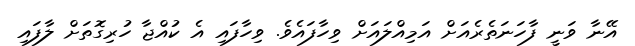
އޭނާ ވަނީ ފާހަނަތެރެއަށް އަމިއްލައަށް ވިހާފައެވެ. ވިހާފައި އެ ކުއްޖާ ހުރިގޮތަށް ލާފައި